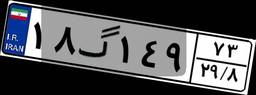
۰۰گ۰۵۸۱۱